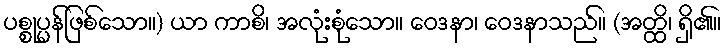
ပစ္စုပ္ပန်ဖြစ်သော။) ယာ ကာစိ၊ အလုံးစုံသော။ ဝေဒနာ၊ ဝေဒနာသည်။ (အတ္ထိ၊ ရှိ၏။